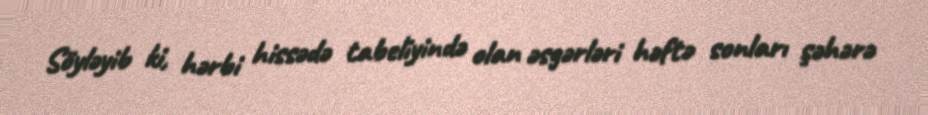
Söyləyib ki, hərbi hissədə tabeliyində olan əsgərləri həftə sonları şəhərə